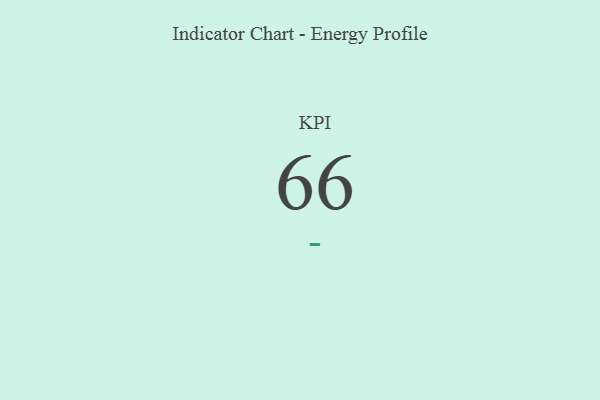
{"axis": {"x": "KPI", "y": "Value"}, "legend": [""], "data": [{"x": "KPI", "y": 66, "type": ""}]}